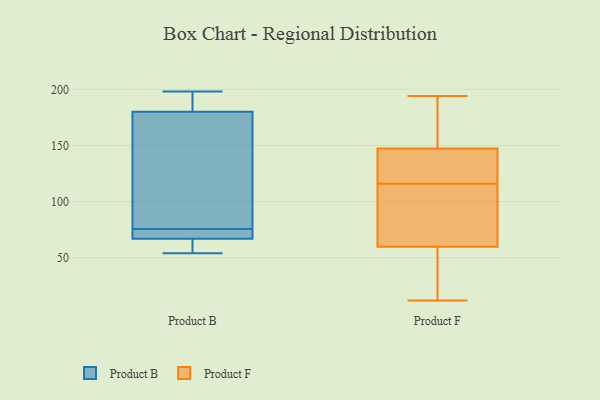
{"axis": {"x": "Operating Costs (USD K)", "y": "Value"}, "legend": ["Product B", "Product F"], "data": [{"x": "", "y": 61, "type": "Product B"}, {"x": "", "y": 190, "type": "Product B"}, {"x": "", "y": 69, "type": "Product B"}, {"x": "", "y": 198, "type": "Product B"}, {"x": "", "y": 81, "type": "Product B"}, {"x": "", "y": 91, "type": "Product B"}, {"x": "", "y": 67, "type": "Product B"}, {"x": "", "y": 54, "type": "Product B"}, {"x": "", "y": 70, "type": "Product B"}, {"x": "", "y": 180, "type": "Product B"}, {"x": "", "y": 61, "type": "Product F"}, {"x": "", "y": 145, "type": "Product F"}, {"x": "", "y": 64, "type": "Product F"}, {"x": "", "y": 154, "type": "Product F"}, {"x": "", "y": 116, "type": "Product F"}, {"x": "", "y": 40, "type": "Product F"}, {"x": "", "y": 167, "type": "Product F"}, {"x": "", "y": 137, "type": "Product F"}, {"x": "", "y": 190, "type": "Product F"}, {"x": "", "y": 83, "type": "Product F"}, {"x": "", "y": 144, "type": "Product F"}, {"x": "", "y": 56, "type": "Product F"}, {"x": "", "y": 123, "type": "Product F"}, {"x": "", "y": 12, "type": "Product F"}, {"x": "", "y": 92, "type": "Product F"}, {"x": "", "y": 194, "type": "Product F"}, {"x": "", "y": 20, "type": "Product F"}]}